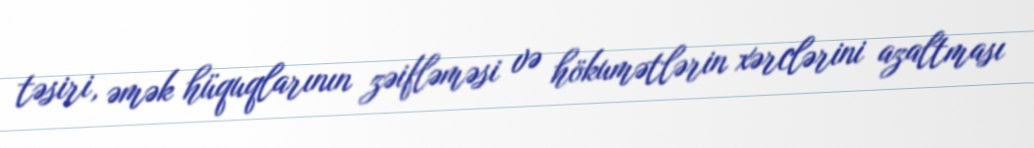
təsiri, əmək hüquqlarının zəifləməsi və hökumətlərin xərclərini azaltması